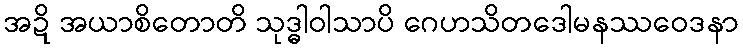
အဍိ အယာစိတောတိ သုဒ္ဓါဝါသာပိ ဂေဟသိတဒေါမနဿဝေဒနာ